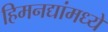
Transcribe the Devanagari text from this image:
हिमनद्यांमध्ये